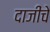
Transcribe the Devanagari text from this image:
दाजींचे